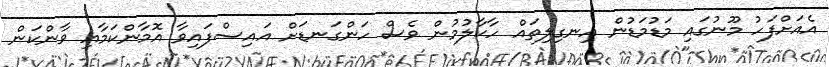
އެއަށްފަހު މޫނުގައި މަޑުމަޑުން އިނގިލިތައް ހާކާލުމުން ވެސް ހަންގަނޑަށް އައިސްފައިވާ އޮމާންކަމާއި ވާންކަން